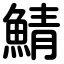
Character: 鯖